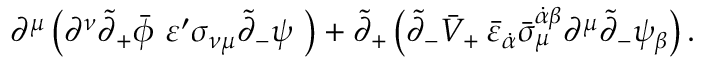
\partial ^ { \mu } \left( \partial ^ { \nu } \tilde { \partial } _ { + } \bar { \phi } \, \, \varepsilon ^ { \prime } \sigma _ { \nu \mu } \tilde { \partial } _ { - } \psi \, \, \right) + \tilde { \partial } _ { + } \left( \tilde { \partial } _ { - } \bar { V } _ { + } \, \bar { \varepsilon } _ { \dot { \alpha } } \bar { \sigma } _ { \mu } ^ { \dot { \alpha } \beta } \partial ^ { \mu } \tilde { \partial } _ { - } \psi _ { \beta } \right) .